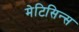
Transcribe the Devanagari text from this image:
मेटिसिन्स